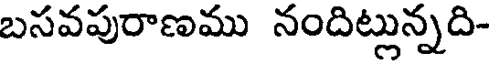
బసవపురాణము నందిట్లున్నది-